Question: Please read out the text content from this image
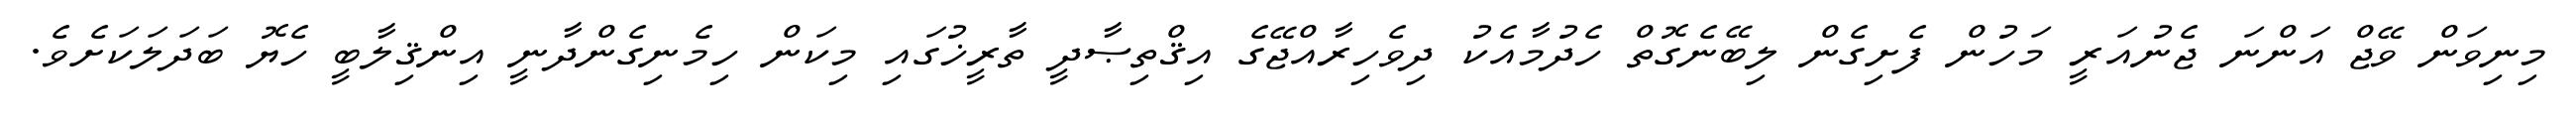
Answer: މިނިވަން ވޭޖް އަންނަ ޖެނުއަރީ މަހުން ފެށިގެން ލިބޭނެގޮތް ހެދުމާއެކު ދިވެހިރާއްޖޭގެ އިޤްތިޞާދީ ތާރީޚުގައި މިކަން ހިމެނިގެންދާނީ އިންޤިލާބީ ހެޔޮ ބަދަލަކަށެވެ.